Janeda_(Ambla)_vallavalitsus, lk 16
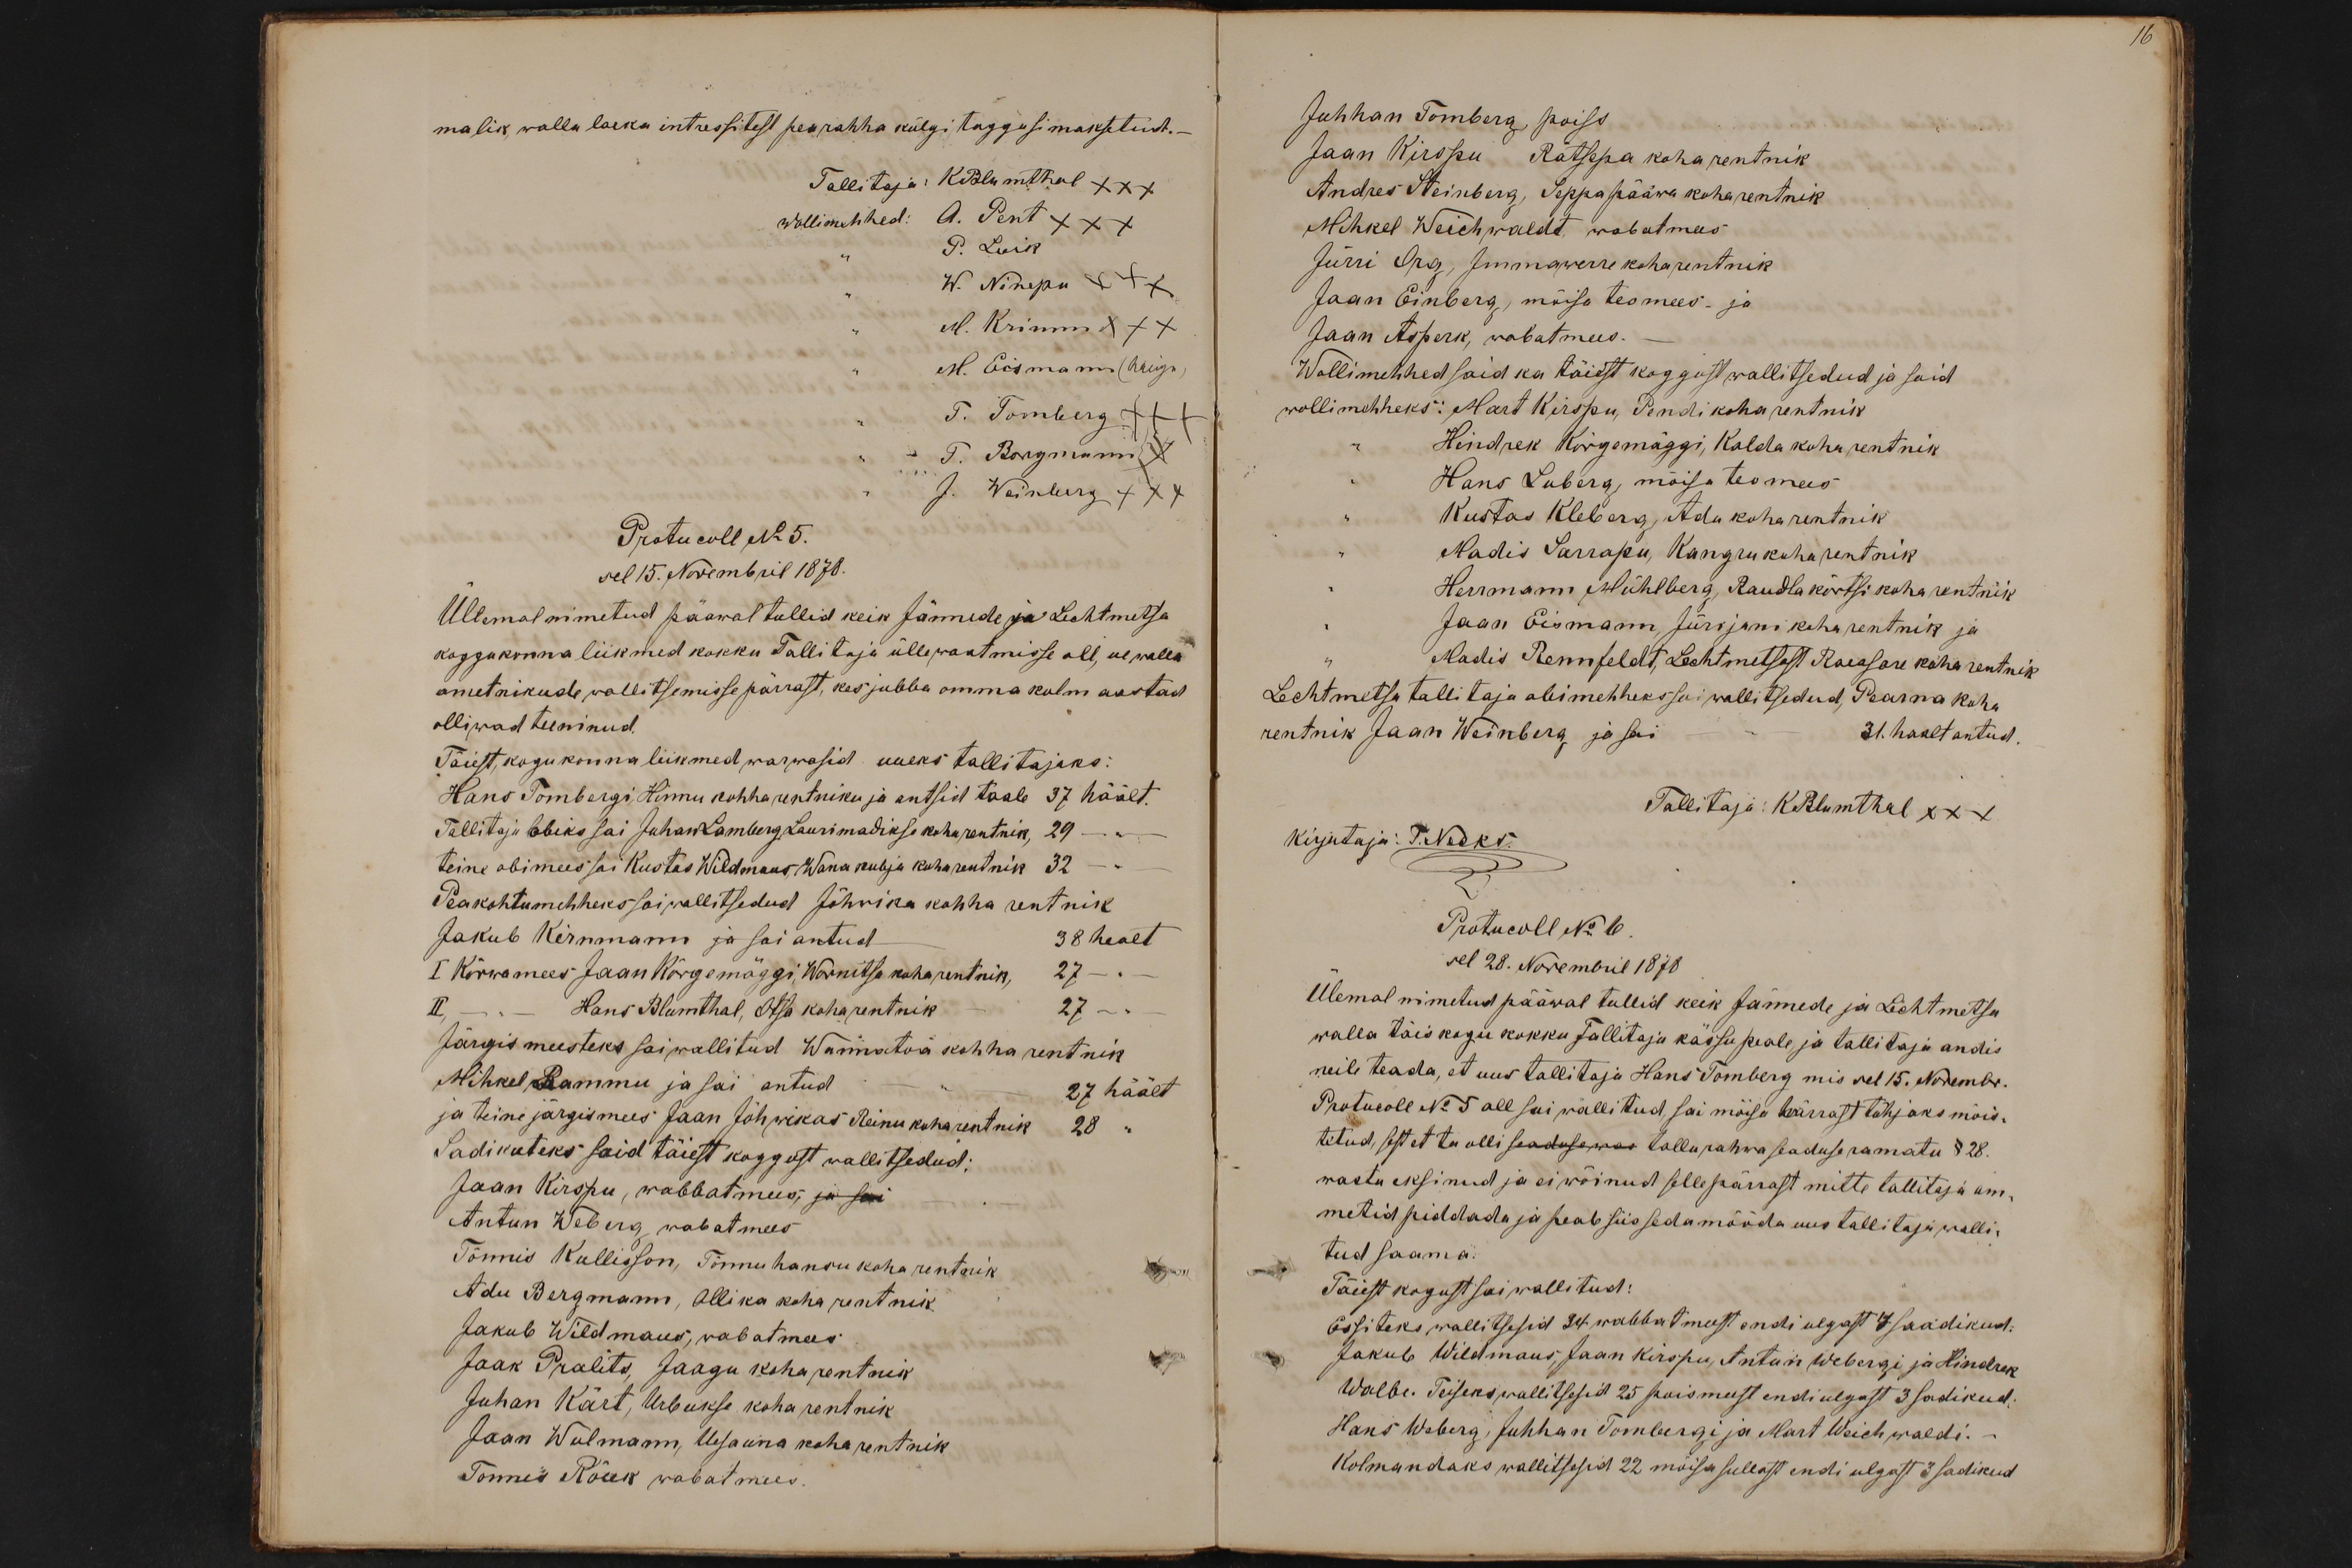
malik walla laeka intressitest pea rahha külgi taggusi maksetud. -
Tallitaja: KBlumthal XXX
wollimehhed: A. Pent XXX
P. Luik
W. Ninepu X+X
M. Krimm XXX
M. Eismann (haige)
T. Tomberg +++
T. Borgmann XXX
J. Weinberg XXX
Protucoll No 5.
sel 15. Novembril 1878.
Üllemal nimetud päawal tullid keik Jännede ja Lechtmetsa
koggukonna liikmed kokku Tallitaja üllewaatmisse all, ue walla
ametnikude wallitsemisse pärrast, kes jubba omma kolm aastad
olliwad teeninud.
Täiest, kogukonna liikmed, warwasid uueks tallitajaks:
Hans Tombergi, Hinnu kohha rentniku ja antsid taale 37 häält.
Tallitaja abiks sai Juhan Lamberg, Lauri madikse koha rentnik, 29
teine abimees sai Kustas Wildmans, Wana kubja koha rentnik 32
Peakohtumehheks sai wallitsedud Jõhwika kohha rentnik
Jakub Kirnmann ja sai antud - 38 healt
I Kõrwamees Jaan Kõrgemäggi, Wornitsa koha rentnik 27 - " -
II, - " - Hans Blumthal, Otsa koha rentnik - 27 - " -
Järgis meesteks sai wallitud Wannatoa kohha rentnik
Mihkel Rammu ja sai antud - " - 27 häält
ja teine järgismees Jaan Jõhwikas Reinu koha rentnik 28 "
Sadikuteks said täiest koggust wallitsedud:
Jaan Kirspu, wabbatmees, ja sai
Antun Weberg wabatmees
Tõnnis Kullisson, Tõnnu hansu koha rentnik
Adu Bergmann, Allika koha rentnik
Jakub Wildmaus, wabatmees
Jaak Pralits, Jaagu koha rentnik
Juhan Kärt, Urbukse koha rentnik
Jaan Weilmann, Uesauna koha rentnik
Tonnis Rõuk wabat mees

16
Juhhan Tomberg, poiss
Jaan Kirspu Rätsepa koha rentnik
Andres Steinberg, Seppa pääwa koha rentnik
Mihkel Weichwaldt, wabatmees
Jürri Org, Immawerre koha rentnik
Jaan Einberg, mõisa teomees - ja
Jaan Asperk, wabatmees.
Wollimehhed said ka täiest koggust wallitsedud ja said
wollimehheks: Mart Kirspu, Pendi koha rentnik
Hindrek Kõrgemäggi, Kalda koha rentnik
Hans Luberg, mõisa teomees
Kustas Kleberg, Adu koha rentnik
Madis Sarrapu, Kangru koha rentnik
Herrmann Mühlberg, Raudla kõrtsi koha rentnik
Jaan Eismann, Jürijani koha rentnik ja
Madis Rennfeldt, Lechtmetsast Raeasare koha rentnik
Lechtmetsa tallitaja abimehheks sai wallitsedud, Pearna koha
rentnik Jaan Weinberg ja sai - " - 31. haalt antud.
Tallitaja: KBlumthal XXX
kirjutaja: T. Necks.
Protucoll No 6
sel 28. Novembril 1878
Ülemal nimetud pääwal tullid keik Jännede ja Lechtmetsa
walla täis kogu kokku Tallitaja kässu peale, ja tallitaja andis
neile teada, et uus tallitaja Hans Tomberg mis sel 15. Novembr.
Protucoll No 5 all sai wallitud, sai mõisa härrast tühjaks mõis-
tetud, sest et ta olli seadusewas tallurahwa seaduse ramatu § 28.
wastu eksinud ja ei wõinud sellepärrast mitte tallitaja am-
metid piddada ja peab siis seda mööda uus tallitaja walli-
tud saama.
Täiest kogust sai wallitud:
Essiteks wallitsesid 34 wabbatmeest endi ulgast 4 saadikud:
Jakub Wildmaus, Jaan Kirspu, Antun Webergi ja Hindrek
Walbe. Teiseks wallitsesid 25 poismeest endi ulgast 3 sadikud
Hans Weberg, Juhhan Tombergi ja Mart Weichwaldi.-
Kolmandaks wallitsesid 22 mõisa sullast endi ulgast 3 sadikud